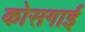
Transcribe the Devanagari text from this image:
कोसगाई